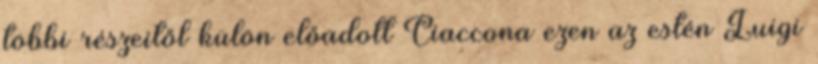
többi részeitől külön előadott Ciaccona ezen az estén Luigi